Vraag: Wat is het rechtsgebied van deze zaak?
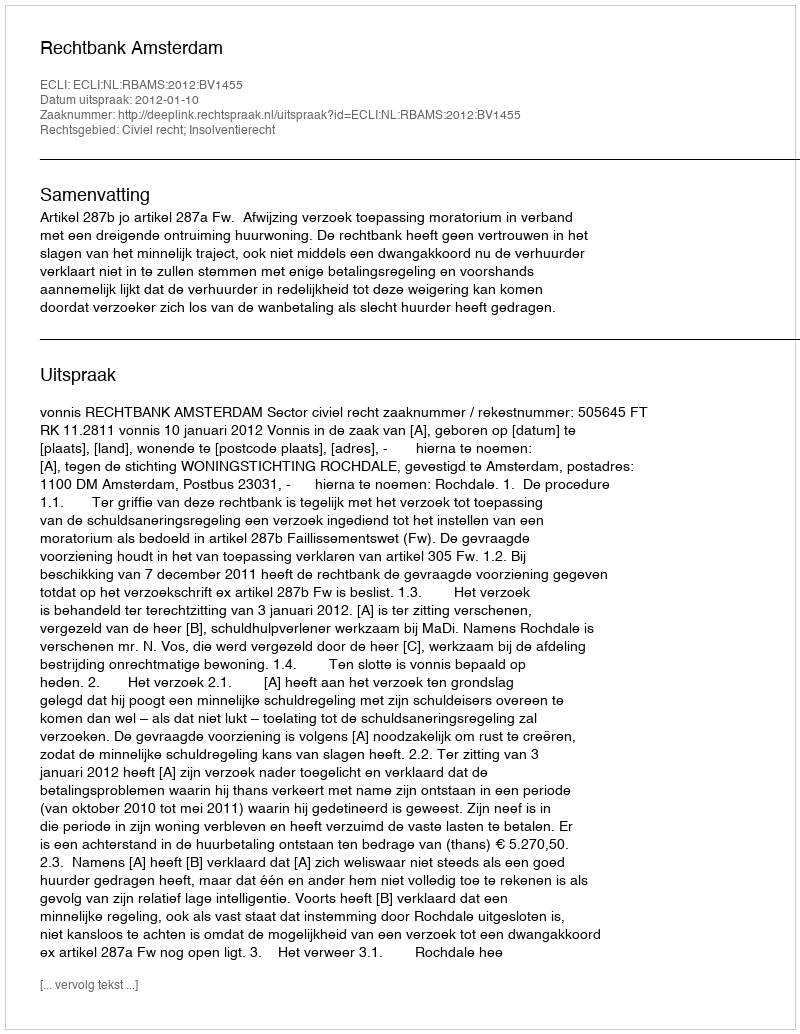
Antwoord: Civiel recht; Insolventierecht